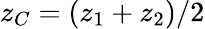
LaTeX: z_{C}=(z_{1}+z_{2})/2